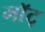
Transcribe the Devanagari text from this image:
माॅट्